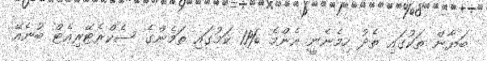
ބަޔާން ތަކުގައި ތެދު ހިމެނެނީ އެންމެ %11 ކަމުގައި ތަމެންގެ ސެކްރެޓޭރިއެޓް ބުނެއޭ